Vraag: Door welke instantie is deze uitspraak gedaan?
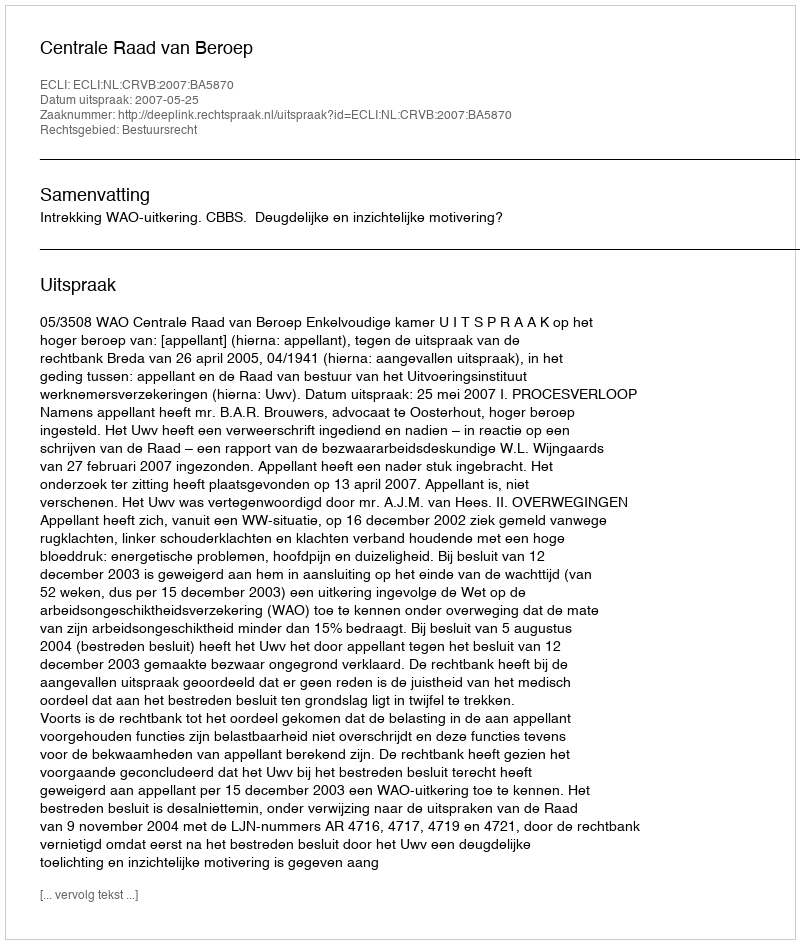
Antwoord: Centrale Raad van Beroep